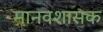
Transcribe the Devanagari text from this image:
मानवशासक